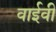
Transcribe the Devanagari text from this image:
वाईवी